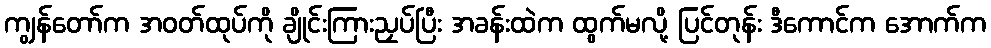
ကျွန်တော်က အဝတ်ထုပ်ကို ချိုင်းကြားညှပ်ပြီး အခန်းထဲက ထွက်မလို့ ပြင်တုန်း ဒီကောင်က အောက်က